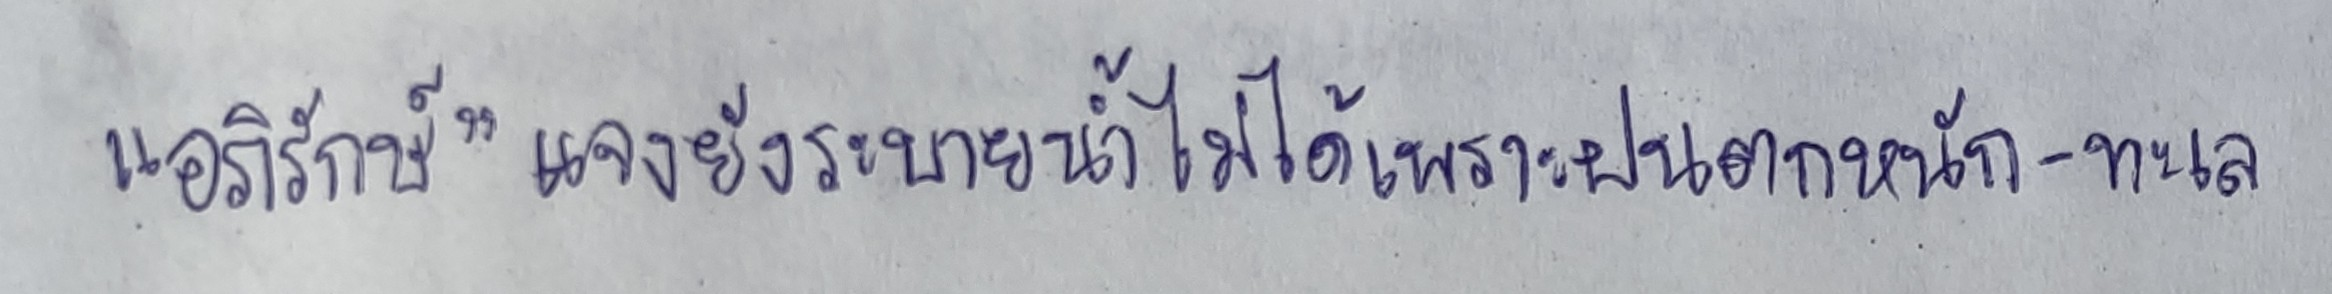
"อภิรักษ์"แจงยังระบายน้ำไม่ได้เพราะฝนตกหนัก-ทะเล